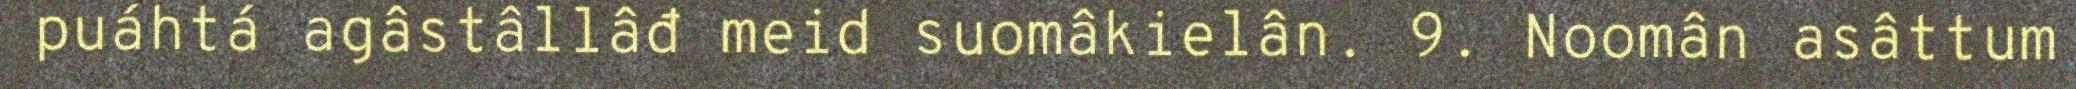
puáhtá agâstâllâđ meid suomâkielân. 9. Noomân asâttum